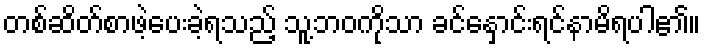
တစ်ဆိတ်စာဖဲ့ပေးခဲ့ရသည့် သူ့ဘဝကိုသာ ခင်နှောင်းရင်နာမိရပါ၏။